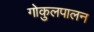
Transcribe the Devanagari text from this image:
गोकुलपालन